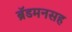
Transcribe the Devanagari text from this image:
ब्रॅडमनसह